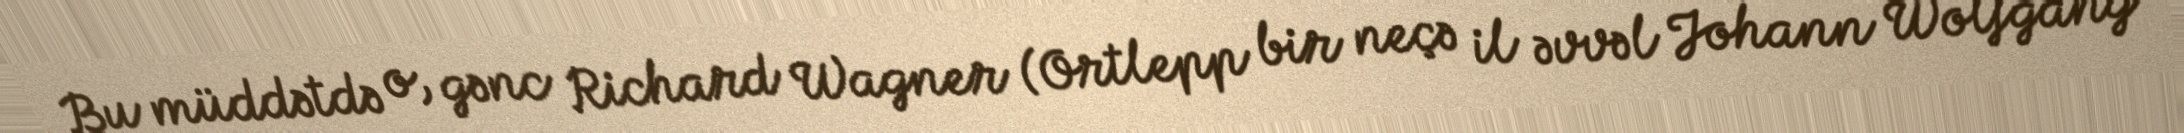
Bu müddətdə o, gənc Richard Wagner (Ortlepp bir neçə il əvvəl Johann Wolfgang